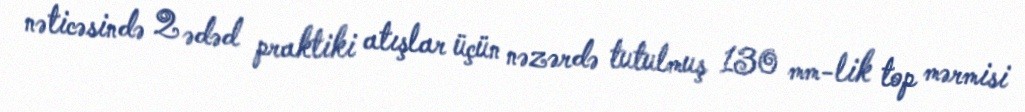
nəticəsində 2 ədəd praktiki atışlar üçün nəzərdə tutulmuş 130 mm-lik top mərmisi